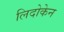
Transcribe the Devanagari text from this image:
लिदोकेन